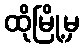
ထိုမြို့မှ